Report on the working of the Ranchi Indian Mental Hospital, Kanke, in Bihar and Orissa - 1930-1940
Year: 1930
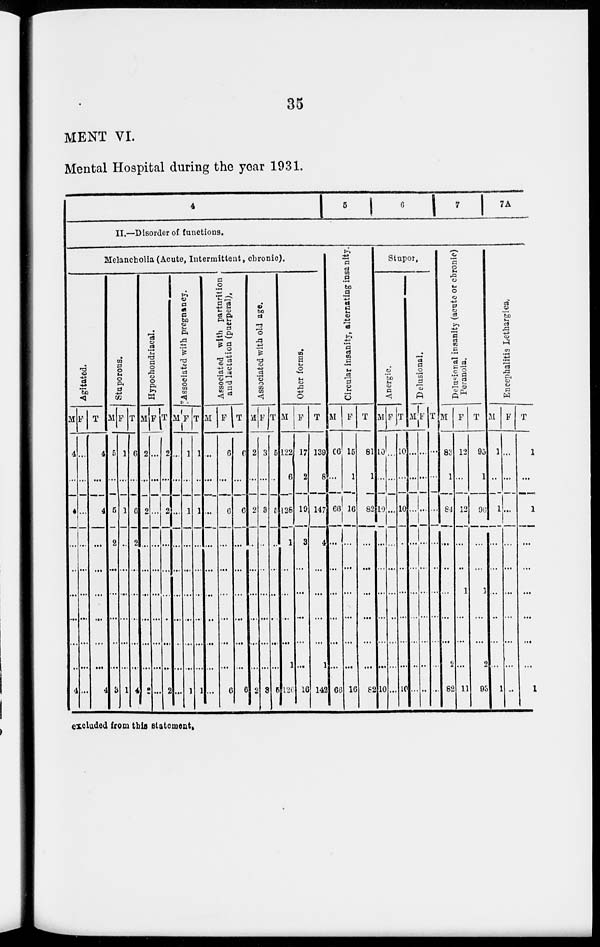
35
MENT VI.
Mental Hospital during the year 1931.
4 5 6 7 7A
II.—Disorder of. functions.
Melancholia (Acute, Intermittent, chronic).
Agitated.
M
4
...
4
...
...
...
...
...
...
4
F
...
...
...
...
...
...
...
...
...
...
T
4
...
4
...
...
...
...
...
...
4
Stuporous.
M
5
...
5
2
...
...
...
...
...
3
F
1
...
1
...
...
...
...
...
...
1
T
6
...
6
2
...
...
...
...
...
4
Hypochondriacal.
M
2
...
2
...
...
...
...
...
...
2
F
...
...
...
...
...
...
...
...
...
...
T
2
...
2
...
...
...
...
...
...
2
Associated with pregnancy.
M
...
...
...
...
...
...
...
...
...
...
F
1
...
1
...
...
...
...
...
...
1
T
1
...
1
...
...
...
...
...
...
1
Associated with parturition
and lactation (puerperal).
M
...
...
...
...
...
...
...
...
...
...
F
6
...
6
...
...
...
...
...
...
6
T
6
...
6
...
...
...
...
...
...
6
Associated with old age.
M
2
...
2
...
...
...
...
...
...
2
F
3
...
3
...
...
...
...
...
...
3
T
5
...
5
..
...
...
...
...
...
5
Other forms.
M
122
6
128
1
...
...
...
...
1
126
F
17
2
19
3
...
...
...
...
...
16
T
139
8
147
4
...
...
...
...
1
142
Circular insanity, alternating insanity.
M
66
...
66
...
...
...
...
...
66
F
15
1
16
...
...
...
...
...
...
16
T
81
1
82
...
...
...
...
...
...
82
Stupor.
Anergic.
M
10
...
10
...
...
...
...
...
...
10
F
...
...
...
...
...
...
...
...
...
...
T
10
...
10
...
...
...
...
...
...
10
Delusional.
M
...
...
...
...
...
...
...
...
...
...
F
...
...
...
...
...
...
...
...
...
...
T
...
...
...
...
...
...
...
...
...
...
Delusional insanity (acute or chronic)
Peranoia.
M
83
1
84
...
...
...
...
...
2
82
F
12
...
12
...
...
1
...
...
...
11
T
95
1
96
...
...
1
...
...
2
95
Encephalitis Lethargica.
M
1
...
1
...
...
...
...
...
...
1
F
...
...
...
...
...
...
...
...
...
...
T
1
...
1
...
...
...
...
...
...
1
excluded from this statement.